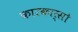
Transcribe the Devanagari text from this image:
कारकार्सो